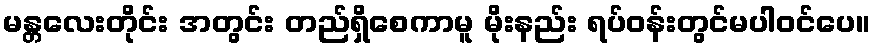
မန္တလေးတိုင်း အတွင်း တည်ရှိစေကာမူ မိုးနည်း ရပ်ဝန်းတွင်မပါဝင်ပေ။